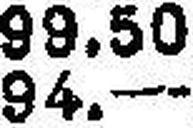
94.—